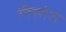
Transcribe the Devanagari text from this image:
निसोरा